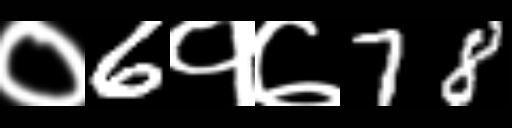
Text: ०6१७78